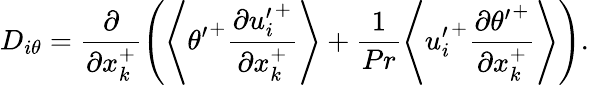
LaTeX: D_{i\theta}=\frac{\partial}{\partial x_{k}^{+}}\left(\left<{\theta^{\prime}}^{+}\frac{\partial{u_{i}^{\prime}}^{+}}{\partial x_{k}^{+}}\right>+\frac{1}{Pr}\left<{u_{i}^{\prime}}^{+}\frac{\partial{\theta^{\prime}}^{+}}{\partial x_{k}^{+}}\right>\right).